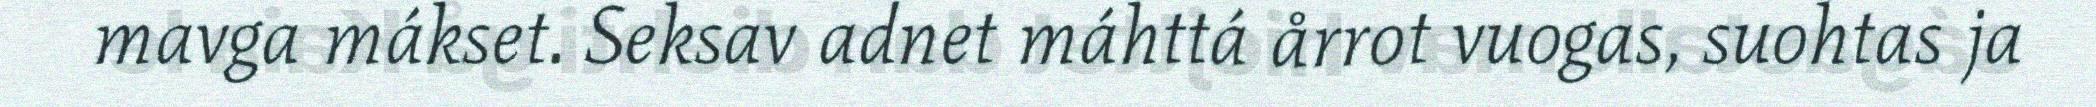
mavga mákset. Seksav adnet máhttá årrot vuogas, suohtas ja